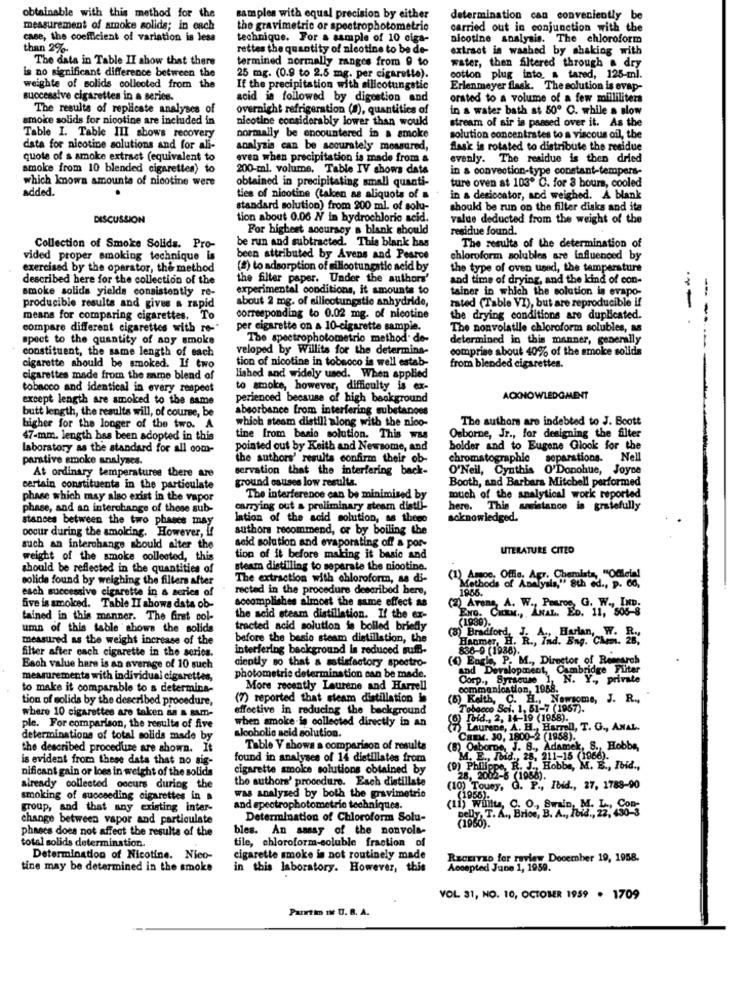
obtainable with this method for the
samples with equal precision by either
determination can conveniently be
measurement of smoke solids; in each
the gravimetric or spectrophotometric
carried out in conjunction with the
case, the coefficient of variation is less
technique. For a sample of 10 ciga-
nicotine analysis. The chloroform
than 2%-
rettes the quantity of aleotine to be de-
extract is washed by shaking with
The data in Table II show that there
termined normally ranges from 0 to
is no significant difference between the
water, then filtered through a dry
25 mg. (0.9 to 2.5 mg. per cigarette).
cotton plug into. a tared, 125-ml.
weighte of solids collected from the
If the precipitation with silicotungstic
Erlenmeyer flask. The solution is evap-
successive cigarettes in a series.
acid is followed by digestion and
orsted to a volume of a few milliliters
The results of replicate analyses of
overnight refrigeration (8), quantities of
in a water bath st 50º C. while a slow
smoke solids for nicotine are included in
nicotine considerably lower than would
stream of air is passed over it. As the
Table I. Table III shows recovery
normally be encountered in a smoke
solution concentrates to a viscous oil, the
data for nicotine solutions and for ali-
analysis can be accurately mossured,
flask is rotated to distribute the residue
quote of s smoke extract (equivalent to
even when precipitation is made from &
evenly. The residue is then dried
smoke from 10 blended cigarettes) to
200-ml. volume, Table IV shows date
in a convection-type constant-tempers-
which known amounts of nicotine were
obtained in precipitating small quanti-
ture oven at 103º C. for 8 hours, cooled
added.
ties of nicotine (taken as aliquota of a
in & desiccator, and weighed. A blank
standard solution) from 200 ml. of solu-
should be run on the filter disks and ita
DISCUSSION
tion about 0.06 / in hydrochloric acid.
value deducted from the weight of the
For highest accuracy a blank should
residue found.
Collection of Smoke Solids. Pro-
be run and subtracted. This blank has
The results of the determination of
vided proper smoking technique la
been attributed by Avens and Pearce
chloroform solubles are influenced by
exercised by the operator, the method
(8) to adsorption of silicotungatic acid by
the type of oven used, the temperature
described here for the collection of the
the filter paper. Under the authors'
and time of drying, and the kind of con-
smoke solids yields consistently re-
experimental conditions, it amounts to
tainer in which the solution is evapo-
about 2 mg. of silicotungstie anhydride,
rated (Table VI), but are reproducible if
producible results and gives a rapid
means for comparing cigarettes. To
corresponding to 0.02 mg. of nicotine
the drying conditions are duplicated.
---
compare different cigarettes with ro-
per cigarette on a 10-cigarette sample.
The nonvolatile chloroform solubles, as
spect to the quantity of any smoke
The spectrophotometric method. de-
determined in this manner, generally
constituent, the same length of each
veloped by Willits for the determina-
comprise about 40% of the smoke solids
tion of nicotine in tobacco is well estab-
cigarette should be smoked. If two
from blended cigarettes.
cigarettes made from the same blend of
lished and widely used. When applied
tobacco and identical in every respect
to smoke, however, difficulty is ex-
except length are smoked to the same
perienced because of high background
ACKNOWLEDGMENT
butt length, the results will, of course, be
absorbance from interfering substances
which steam distili along with the nico-
The authors are indebted to J. Boott
higher for the longer of the two. A
Osborne, Jr ., for designing the filter
47-mm. length has been adopted in this
tine from basio solution. This was
laboratory as the standard for all com-
pointed out by Keith and Newsome, and
bolder and to Eugene Glock for the
parative smoke analyses.
the authors' results confirm their ob-
chromatographie separations.
Nell
At ordinary temperatures there are
servation that the interfering back-
O'Neil, Cynthis O'Donohue, Joyce
ground osuses low resulta.
Booth, and Barbara Mitchell performed
certain constituenta in the particulate
phase which may also exist in the vapor
The interference can be minimised by
much of the analytical work reported
phase, and an interchange of these sub-
carrying out a preliminary steam diatti-
here. This saristance is gratefully
stances between the two phases may
lation of the acid solution, as these
acknowledged.
occur during the smoking. However, if
authors recommend, or by boiling the
such an interchange should alter the
seid solution and evaporating off a por-
LITERATURE CITED
weight of the smoke collected, this
tion of it before making it basic and
should be reflected in the quantities of
steam distilling to separate the nicotine.
solide found by weighing the filters after
The extraction with chloroform, sa di-
(1) Amoe. Offis. Agr. Chemists, "Odlela!
each successive cigarette in a series of
rected in the procedure described here,
Methods of Analysis," 8th ed ., p. 60,
1956.
accomplishes almost the same effect as
(2) Avens, A. W ., Peuroe, G. W ., In
five is smoked. Table II shows data ob-
ENg. CHEM ., ANAL. ED.
tained in this manner. The first col-
the acid steam distillation. If the ex-
(1939).
umn of this table shows the solids
tracted acid solution is bolled briefly
measured as the weight increase of the
before the besie steam distillation, the
(3) Bradford. R. TRd. Bng. Cham. 26"
Hanmer, H. F
filter after each cigarette in the series.
interfering background Is reduced suff-
836-9 (1936).
(1) Each, P. M ., Director of Research
Each value hare is an average of 10 such
diently so that a satisfactory spectro-
and Development, Cambridge Füter
measurements with individual cigarettes,
photometrie determination can be made.
Corp ., Syracuse
Freude 1, N. Y ., private
to make it comparable to s determina-
More recently Laurene and Harrell
communication, 1958.
tion of solids by the described procedure,
(7) reported that steam distillation in
(6) Keith, C. H ., Nowsome, J. R .,
where 10 cigarettes are taken as a sam-
effective in reducing the background
Tobacco Sci. 1. Bi-
4. 1. 61-7 (1967).
when amoke is collected directly in an
(@) moid ., 2, 14-19 (1968).
ple. For comparison, the results of five
Laurene, A. H ., Harrell, T. G ., ANAL.
determinations of total solids made by
alcoholic acid solution.
CREM. 30, 1800-2 (1958).
the described procedure are shown. It
Table V shows a comparison of results
Osborne, J. B ., Adamek, S ., Hobbs,
is evident from these data that no sig-
found in analyses of 14 dietillates from
(9) Philippe, R. 3 ..
M. E ., Ibid ., 28, 211-15 (1966).
nificant gain or loss in weight of the solids
cigarette smoke solutions obtained by
J ., Hobby, M. E ., Ibid .,
the authors' procedure. Each distillate
28, 2002-8 (1988).
already collected occurs during the
(10) Touey, G. P ., Ibid ., 27, 1788-90
smoking of succeeding cigarettes in a
was analysed by both the gravimetric
group, and that any existing inter-
and spectrophotometrie techniques.
(11) wililu, C. O ., Swain, M. L ., Co
belly, T. A ., Brice, B. A ., Ibid ., 22, 430-3
change between vapor and particulate
Determination of Chloroform Solu-
(1968)."
phases does not affect the results of the
bles. An sassy of the nonvols-
tile, chloroform-soluble fraction of
total solids determination.
Determination of Nicotine. Nico-
cigarette smoke is not routinely made
RECEIVED for review December 19, 1958.
tine may be determined in the smoke
in this laboratory. However, this
Accepted June 1, 1959.
VOL 31, NO. 10, OCTOBER 1959 . 1709
Partim IN U. B. A.